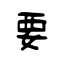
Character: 要